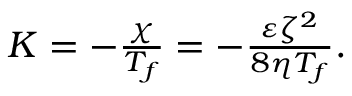
\begin{array} { r } { K = - \frac { \chi } { T _ { f } } = - \frac { \varepsilon \zeta ^ { 2 } } { 8 \eta T _ { f } } . } \end{array}